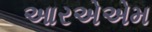
આરએએમ